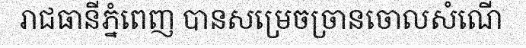
រាជធានីភ្នំពេញ បានសម្រេចច្រានចោលសំណើ